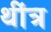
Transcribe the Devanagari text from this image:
थींत्र